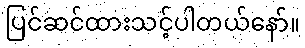
ပြင်ဆင်ထားသင့်ပါတယ်နော်။